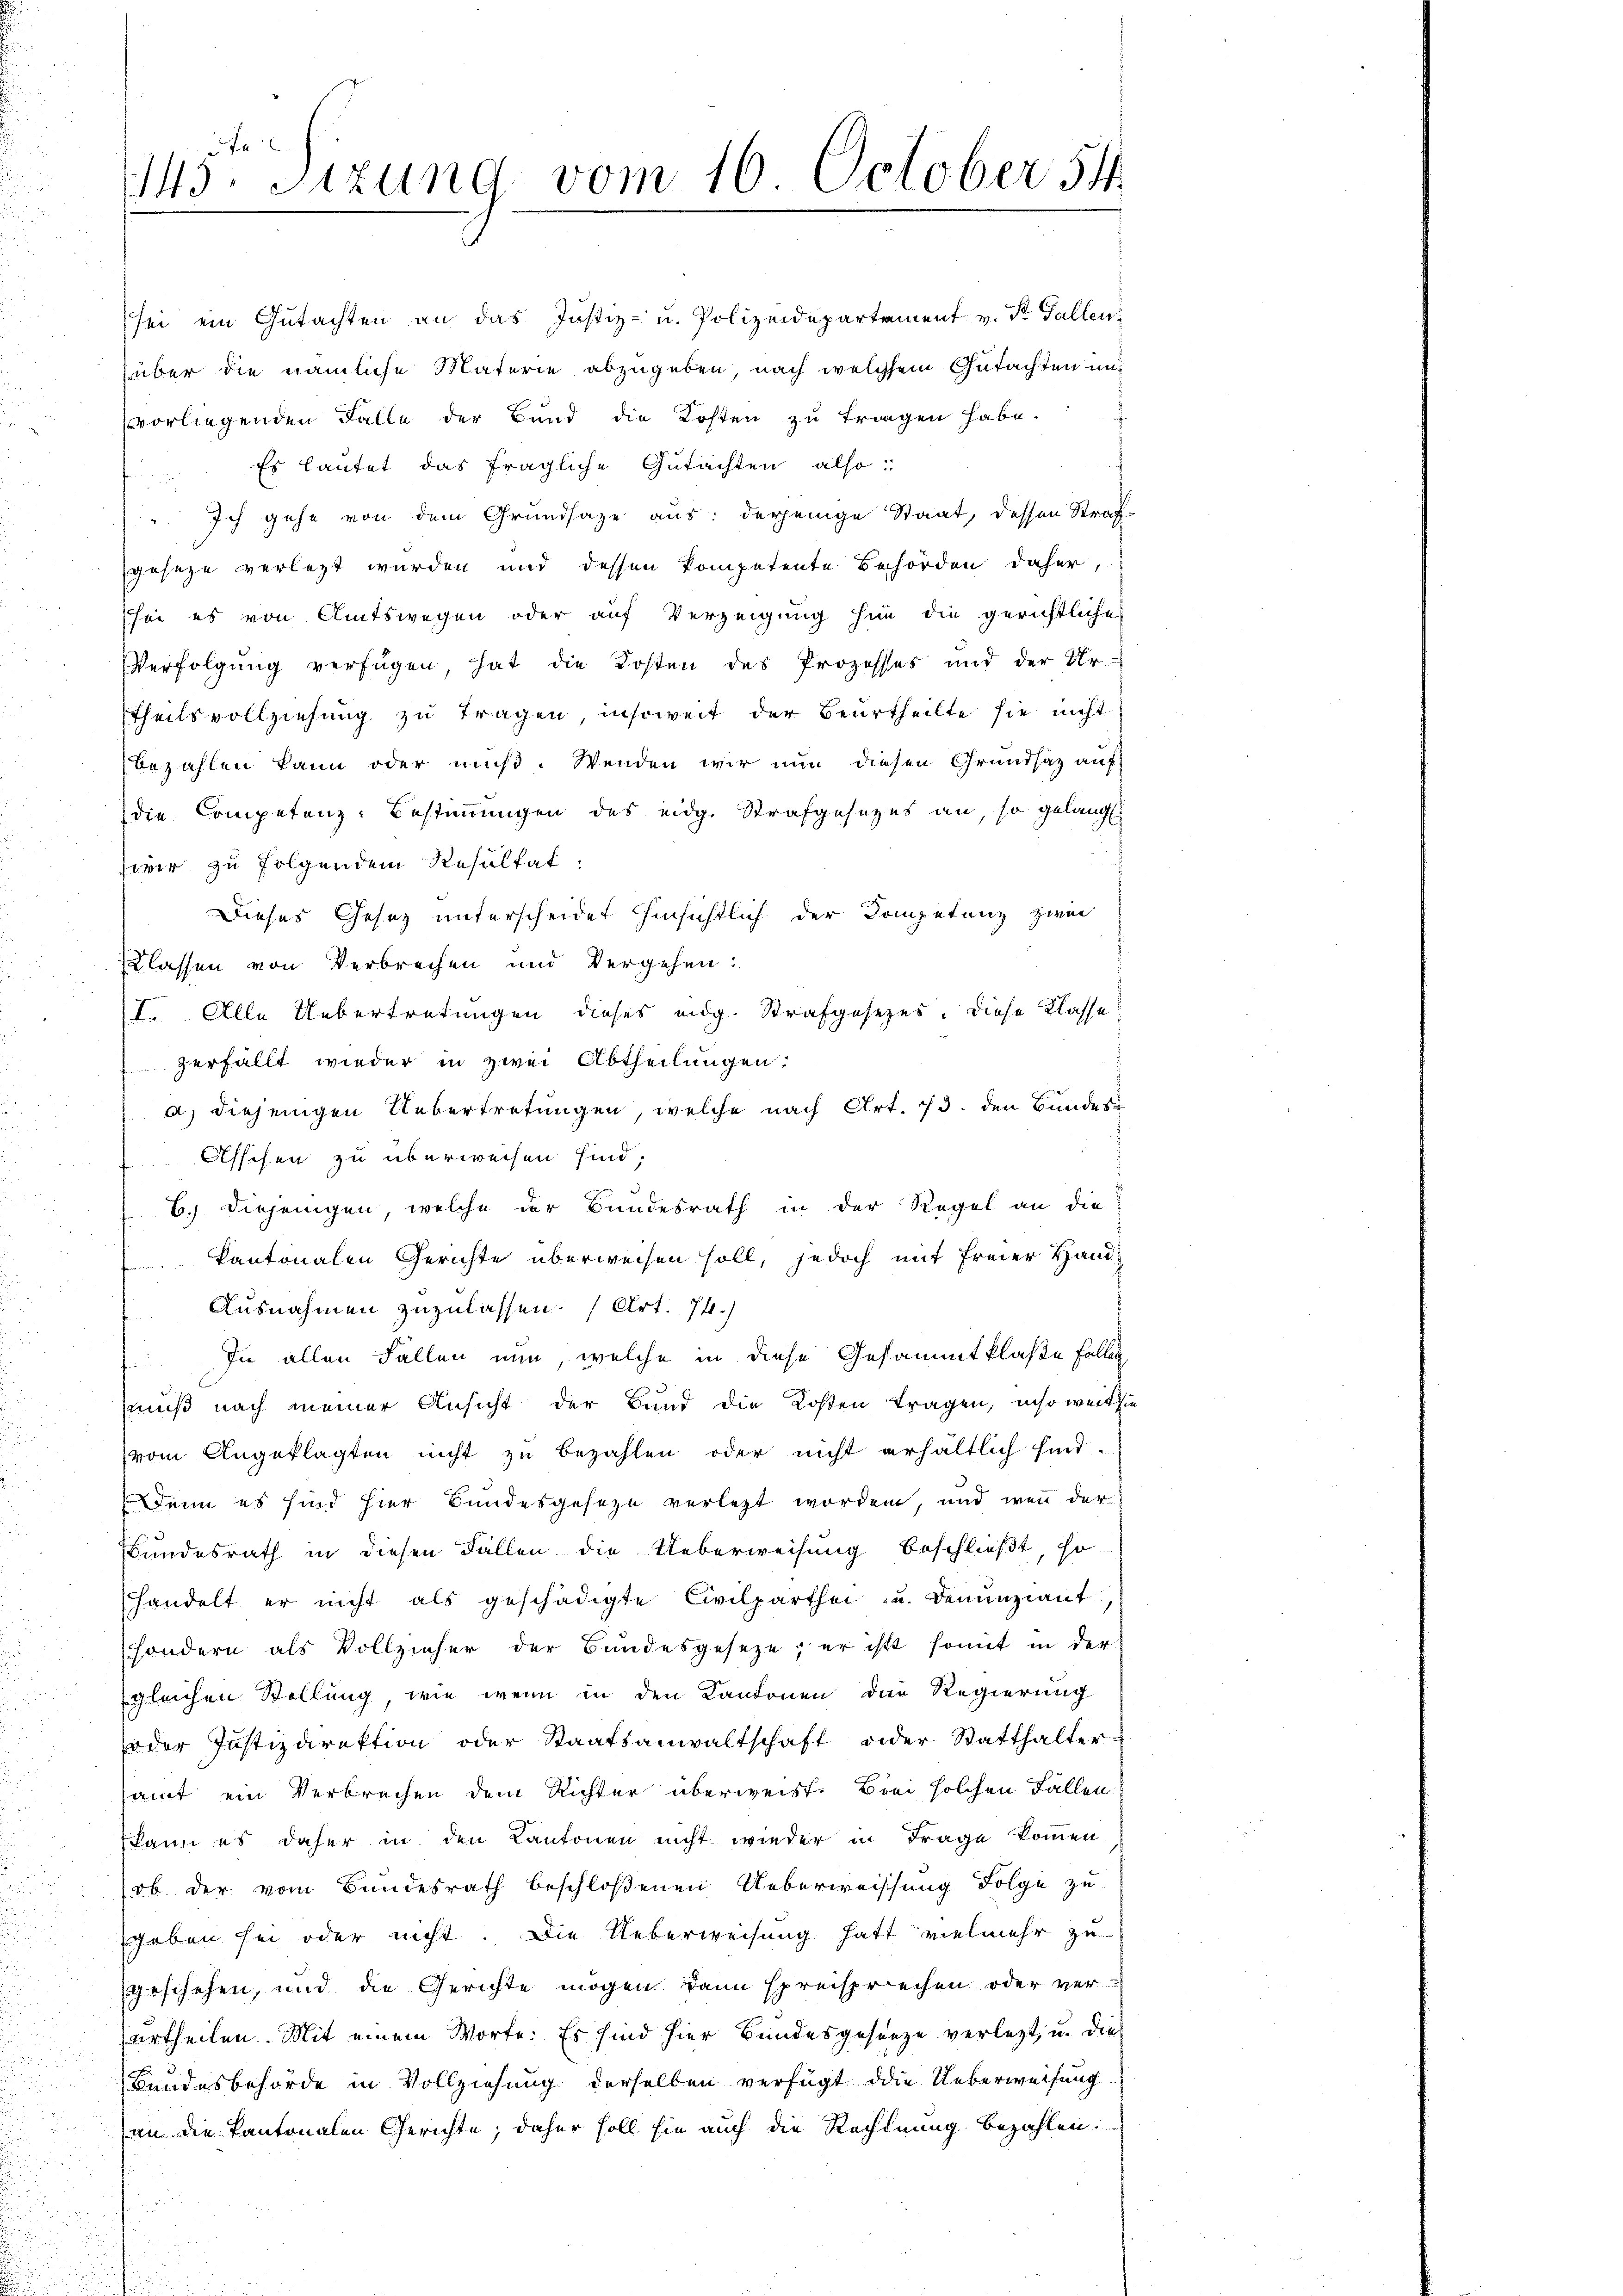
vorliegenden Falle der Bund die Kosten zu tragen habe.
Es lautet das fragliche Gutachten also:
Ich gehe von dem Grundsaze aus: derjenige Staat, dessen Straf-
geseze verlegt wurden und dessen kompetente Behörden daher,
sei es von Amtswegen oder auf Verzeigung für die gerichtliches
Verfolgung verfügen, hat die Kosten des Prozesses und der Ur-
Theilsvollziehung zu tragen, insoweit der Beurtheilte sie nicht
bezahlen kann oder muß. Wenden wir nun diesen Grundsatz auf
die Competenz-Bestimmungen des eidg. Strafgesezes an, so gelangt.
wir zu folgendem Resultat.
Dieses Gesez unterscheidet hinsichtlich der Kompetenz zwei
Erlassen von Verbrechen und Vergehen:
I. Alle Uebertretungen dieses eidg. Strafgesetzes. Diese Klasse:
verfällt wieder in zwei Abtheilungen:
a) diejenigen Uebertretungen, welche nach Art. 13. den Bundes¬
Asschen zu überweisen sind.
B. Diejenigen, welche der Bundesrath in der Regel an die
Kantonalen Gerichte überweisen soll, jedoch mit freier Hand¬
Ausnahmen zuzulassen. (Art. 74.)
In allen Fallen nun, welche in diese Gesammtklaße fallen,
muß nach meiner Ansicht der Bund die Kosten tragen, insoweit sie
vom Angeklagten nicht zu bezahlen oder nicht erhältlich sind.
Denn es sind hier Bundesgeseze verletzt worden, und wenn der
Bundesrath in diesen Fallen die Ueberweisung beschließt, so
handelt er nicht als geschädigte Civilparthei u. Denunziant
sondern als Vollzieher der Bundesgeseze, er ist somit in der
gleichen Stellung, wie wenn in den Kantonen der Regierung
oder Justizdirektion oder Staatsanwaltschaft oder Statthalter-
samt ein Verbrechen dem Richter überweist. Brei solchen Fallen
kann es daher in den Kantonen nicht wieder in Frage kommen.
ob der vom Bundesrath beschloßenen Ueberweissung Folge zu
Eheben sei oder nicht. Die Ueberweisung hatt vielmehr zu
geschehen, und die Gerichte mögen dann spreisprechen oder verurtheilen. Mit einem Worte: Es sind hier Bundesgesanze verlegt, u. die
Bundesbehörde in Vollziehung derselben verfügt die Ueberweisung
(an die Kantonalen Gerichte; daher soll sie auch die Rechnung bezahlen.
.

J
143 sizung vom 16. October 54.

sei ein Gutachten an das Justiz- u. Polizeidepartement v. St. Gallen
über die nämliche Materie abzugeben, nach welchem Gutachten und